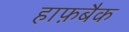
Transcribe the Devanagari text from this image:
हाफ़बैक